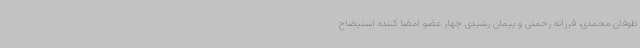
طوفان محمدی، فرزانه رحمتی و پیمان رشیدی چهار عضو امضا کننده استیضاح